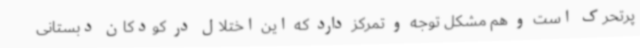
پرتحرک است و هم مشکل توجه و تمرکز دارد که این اختلال در کودکان دبستانی